Materia medica of Madras volume I
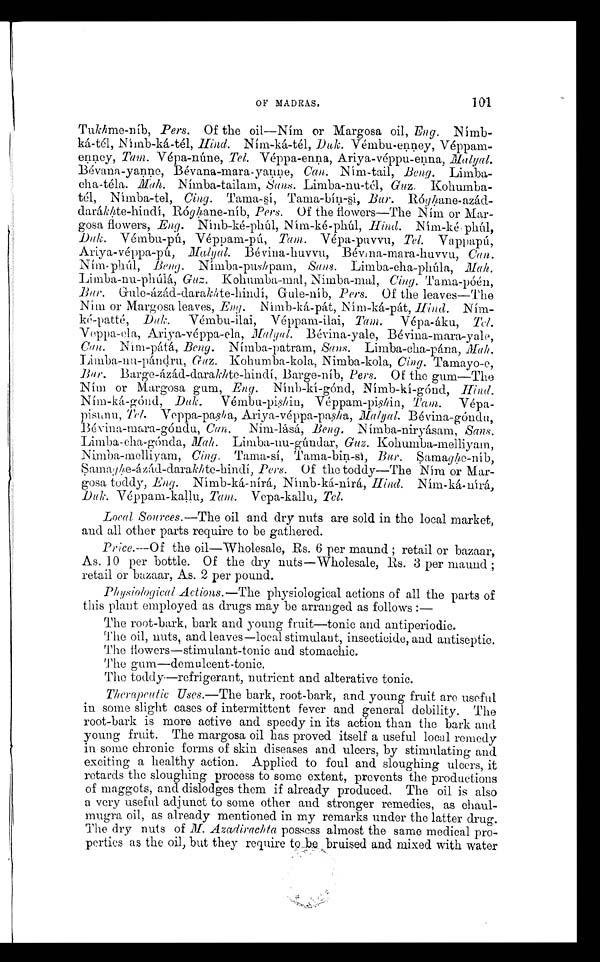
OF MADRAS.
101
Tukhme-níb, Pers. Of the oil—Ním or Margosa oil, Eng.
Nímb-ká-tél, Nímb-ká-tél, Hind. Ním-ká-tél, Duk. Vémbu-enney,
Véppam-enney, Tam. Vépa-núne, Tel. Véppa-enna, Ariya-véppu-enna, Malyal.
Bévana-yanne, Bévana-mara-yanne, Can. Ním-tail, Beng. Limba-
cha-téla. Mah. Nímba-tailam, Sans. Limba-nu-tél, Guz. Kohumba-
tél, Nímba-tel, Cing. Tama-sí, Tama-bín-si, Bur. Róghane-azád-
darákhte-hindí, Róghane-níb, Pers. Of the flowers—The Ním or Mar-
gosa flowers, Eng. Nínb-ké-phúl, Ním-ké-phúl, Hind.
Ním-ké-phúl, Duk. Vémbu-pú, Véppam-pú, Tam. Vépa-puvvu, Tel. Vappapú,
Ariya-véppa-pú, Malyal. Bévina-huvvu, Bévina-mara-huvvu, Can.
Ním- phúl, Beng. Nimba-pushpam, Sans. Limba-cha-phúla, Mah.
Limba-nu-phúlá, Guz. Kohumba-mal, Nimba-mal, Cing. Tama-póén,
Bur. Gule-ázád-darakhte-hindí, Gule-níb, Pers. Of the leaves—The
Ním or Margosa leaves, Eng. Nímb-ká-pát, Ním-ká-pát,
Hind. Ním-
ké-patté, Duk. Vémbu-ilai Véppam-ilai, Tam. Vépa-áku, Tel.
Veppam-ela, Ariya-véppa-ela, Malyal. Bévina-yale, Bévina-mara-yale,
Can. Ním-pátá, Beng. Nímba-patram, Sans. Limba-cha-pána, Mah.
Limba-nu-pándru, Guz. Kohumba-kola, Nimba-kola, Cing. Tamayo-e,B u r.
Barge-ázád-darakhte-hindí, Barge-níb, Pers. Of the gum—The
Ním or Margosa gum, Eng. Nínb-kí-gónd, Nímb-kí-gónd, Hind.
Ním-ká-gónd, Duk. Vémbu-pishin, Véppam-pishin, Tam. Vépa-
pisunu, Tel. Veppa-pasha, Ariya-véppa-pasha, Malyal. Bévina-góndu,
Bévina-mara-góndu, Can. Nim-lásá, Beng. Nímba-niryásam, Sans.
Limba- cha-gónda, Mah. Limba-nu-gúndar, Guz. Kohumba-melliyam,
Nimba-melliyam, Cing. Tama-sí, Tama-bin-sí, Bur. Samaghe-níb,
Samaghe-ázád-darakhte-hindí, Pers. Of the toddy—The Ním or
M a r - g o s a t o d d y ,
E n
g .
N í m b - k á - n í r á , N í m b - k á - n í r á ,H
ind. Nímb-ká-nírá,
Duk. Véppam-kallu, Tam. Vepa-kallu, Tel.
Local Sources.—The oil and dry nuts are sold in the local market,
and all other parts require to be gathered.
Price.— Of the oil—Wholesale, Rs. 6 per maund ; retail or bazaar,
As. 10 per bottle. Of the dry nuts—Wholesale, Rs. 3 per maund ;
retail or bazaar, As. 2 per pound.
Physiological Actions.— The physiological actions of all the parts of
this plant employed as drugs may be arranged as follows :—
The root-bark, bark and young fruit—tonic and antiperiodic.
The oil, nuts, and leaves—local stimulant, insecticide, and antiseptic.
The flowers—stimulant-tonic and stomachic.
The gum—demulcent-tonic.
The toddy—refrigerant, nutrient and alterative tonic.
Therapeutic Uses .—The bark, root-bark, and young fruit are useful
in some slight cases of intermittent fever and general debility. The
root-bark is more active and speedy in its action than the bark and
young fruit. The margosa oil has proved itself a useful local remedy
in some chronic forms of skin diseases and ulcers, by stimulating and
exciting a healthy action. Applied to foul and sloughing ulcers, it
retards the sloughing process to some extent, prevents the productions
of maggots, and dislodges them if already produced. The oil is also
a very useful adjunct to some other and stronger remedies, as
chaul-mugra oil, as already mentioned in my remarks under the latter drug.
The dry nuts of M. Azadirachta possess almost the same medical pro-
perties as the oil, but they require to be, bruised and mixed with water